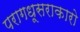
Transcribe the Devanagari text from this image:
परागधूसराकारो